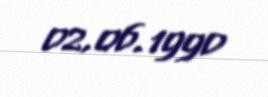
02.06.1990